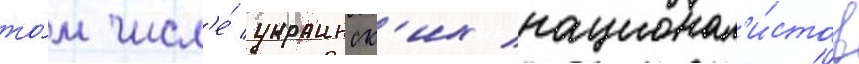
то́м числ'е́ украинск'их национал'и́стов